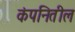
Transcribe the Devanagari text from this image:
कंपनितील